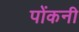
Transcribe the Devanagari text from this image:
पोंकनी